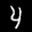
Label: 4